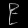
Digit: ၉